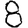
Digit: 8